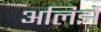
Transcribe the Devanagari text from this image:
अलिझे